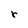
Character: r